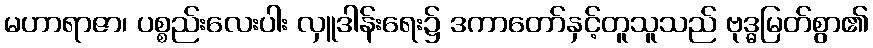
မဟာရာဇာ၊ ပစ္စည်းလေးပါး လှူဒါန်းရေး၌ ဒကာတော်နှင့်တူသူသည် ဗုဒ္ဓမြတ်စွာ၏